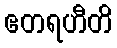
ဧတရဟီတိ